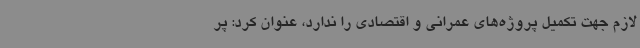
لازم جهت تکمیل پروژه‌های عمرانی و اقتصادی را ندارد، عنوان کرد: پر